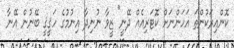
ކޮންއިރަކުންތަ އަހަންނަށް ކޮޓަރިއެއް ދޭނީ" ޒީވާ ނުނިދާ އިނުމުގެ ހަޤީޤީ ބޭނުން އޭނާ